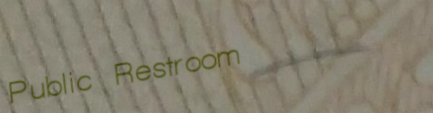
Public Restroom